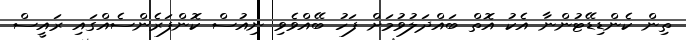
ތިން ކެންޑިޑޭޓުންނާ އެކު އޮތް ބައްދަލުވުމަށް ފަހު ބޭއްވެވި ނިއުސް ކޮންފަރެންސެއްގައި ރައީސް